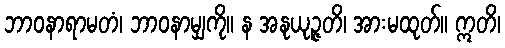
ဘာဝနာရာမတံ၊ ဘာဝနာမျှကို။ န အနုယုဉ္ဇတိ၊ အားမထုတ်။ ဣတိ၊